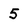
Character: 5